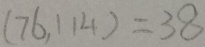
( 7 6 , 1 1 4 ) = 3 8